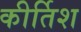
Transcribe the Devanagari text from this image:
कीर्तिश